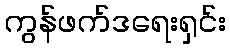
ကွန်ဖက်ဒရေးရှင်း